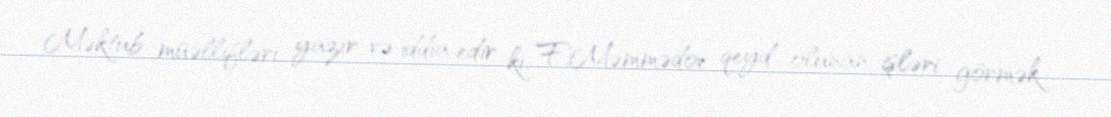
Məktub müəllifləri yazır və iddia edir ki, F.Məmmədov qeyd olunan işləri görmək